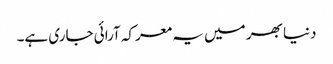
دنیا بھر میں یہ معرکہ آرائی جاری ہے۔